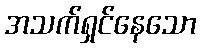
အသက်ရှင်နေသော